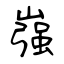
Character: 嵹